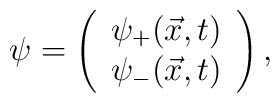
\psi =  \left( \begin{array}{c}  {{\psi}_+ ( \vec{x},t)} \\ {{\psi}_- ( \vec{x},t)} \end{array} \right),